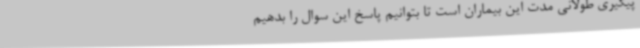
پیگیری طولانی مدت این بیماران است تا بتوانیم پاسخ این سوال را بدهیم